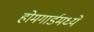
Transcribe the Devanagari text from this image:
होमगार्डमध्ये